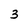
Character: 3